Sketch of the medical history of the native army of Bombay, for the year
Year: 1876
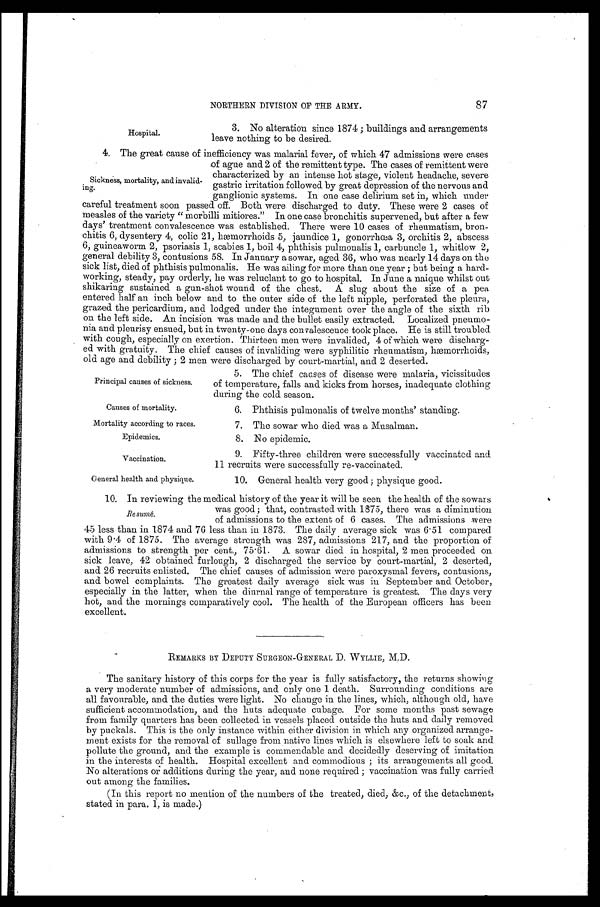
Principal causes of sickness.
Causes of mortality.
Mortality according to races.
Epidemics.
Vaccination.
General health and physique.
87
Hospital.
NORTHERN DIVISION OF THE ARMY.
3. No alteration since 1874; buildings and arrangements
leave nothing to be desired.
4 . T h e g r e a t c a u s e o f i n e f f i c i e n c y w a s m a l a r i a l f e v e r , o f w h i c h 4 7 a d m i s s i o n s w e r e c a s e s
of ague and 2 of the remittent type. The cases of remittent were
characterized by an intense hot stage, violent headache, severe
gastric irritation followed by great depression of the nervous and
ganglionic systems. In one case delirium set in, which under
careful treatment soon passed off. Both were discharged to duty. These were 2 cases of
measles of the variety "morbilli mitiores." In one case bronchitis supervened, but after a few
days' treatment convalescence was established. There were 10 cases of rheumatism, bron
-
chitis 6, dysentery 4, colic 21, hæmorrhoids 5, jaundice 1, gonorrhœa 3, orchitis 2, abscess
6, guineaworm 2, psoriasis 1, scabies 1, boil 4, phthisis pulmonalis 1, carbuncle 1, whitlow 2,
general debility 3, contusions 58. In January a sowar, aged 36, who was nearly 14 days on the
sick list, died of phthisis pulmonalis. He was ailing for more than one year; but being a hard
-
working, steady, pay orderly, he was reluclant to go to hospital. In June a naique whilst out
shikaring sustained a gun-shot wound of the chest. A slug about the size of a pea
entered half an inch below and to the outer side of the left nipple, perforated the pleura,
grazed the pericardium, and lodged under the integument over the angle of the sixth rib
on the left side. An incision was made and the bullet easily extracted. Localized pneumo
-
nia and pleurisy ensued, but in twenty-one days convalescence took place. He is still troubled
with cough, especially on exertion. Thirteen men were invalided, 4 of which were discharg
-
ed with gratuity. The chief causes of invaliding were syphilitic rheumatism, hæmorrhoids,
old age and debility; 2 men were discharged by court-martial, and 2 deserted.
Sickness, mortality, and invalid
-
ing.
5. The chief causes of disease were malaria, vicissitudes
of temperature, falls and kicks from horses, inadequate clothing
during the cold season.
6. Phthisis pulmonalis of twelve months' standing.
7. The sowar who died was a Musalman.
8. No epidemic.
9. Fifty-three children were successfully vaccinated and
11 recruits were successfully re-vaccinated.
10. General health very good; physique good.
10. In reviewing the medical history of the year it will be seen the health of the sowars
was good; that, contrasted with 1875, there was a diminution
of admissions to the extent of 6 cases. The admissions were
45 less than in 1874 and 76 less than in 1873. The daily average sick was 6.51 compared
with 9.4 of 1875. The average strength was 287, admissions 217, and the proportion of
admissions to strength per cent., 75.61. A sowar died in hospital, 2 men proceeded on
sick leave, 42 obtained furlough, 2 discharged the service by court-martial, 2 deserted,
and 26 recruits enlisted. The chief causes of admission were paroxysmal fevers, contusions,
and bowel complaints. The greatest daily average sick was in September and October,
especially in the latter, when the diurnal range of temperature is greatest. The days very
hot, and the mornings comparatively cool. The health of the European officers has been
excellent.
REMARKS BY DEPUTY SURGEON-GENERAL D. WYLLIE, M.D.
The sanitary history of this corps for the year is fully satisfactory, the returns showing
a very moderate number of admissions, and only one 1 death. Surrounding conditions are
all favourable, and the duties were light. No change in the lines, which, although old, have
sufficient accommodation, and the huts adequate cubage. For some months past sewage
from family quarters has been collected in vessels placed outside the huts and daily removed
by puckals. This is the only instance within either division in which any oranized arrange
-
ment exists for the removal of sullage from native lines which is elsewhere left to soak and
pollute the ground, and the example is commendable and decidedly deserving of imitation
in the interests of health. Hospital excellent and commodious; its arrangements all good.
No alterations or additions during the year, and none required; vaccination was fully carried
out among the families.
(In this report no mention of the numbers of the treated, died, &c., of the detachment,
stated in para. 1, is made.)
Resumé.